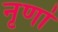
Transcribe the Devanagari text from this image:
नृणां